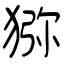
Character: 猕